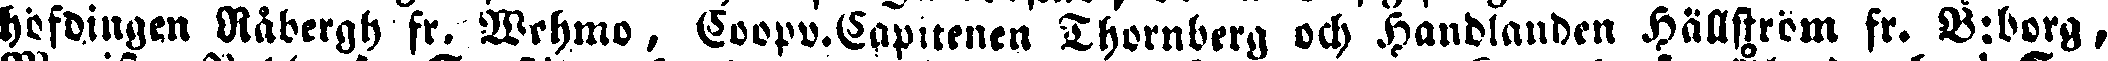
hofvingen Råbergh fr. Wehmo, Coopv.Capitenen Thornberg och Handlanden Hällström fr. B:borg,